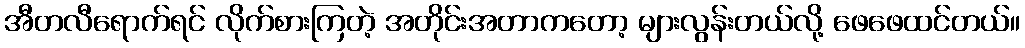
အီတလီရောက်ရင် လိုက်စားကြတဲ့ အတိုင်းအတာကတော့ များလွန်းတယ်လို့ ဖေဖေထင်တယ်။